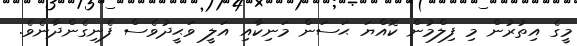
މީގެ އިތުރުން މި ފިލްމުން ކޮއްޔަ ޙަސަން މަނިކާއި އަލީ ވަޙީދުވެސް ފެނިގެންދާނެވެ.